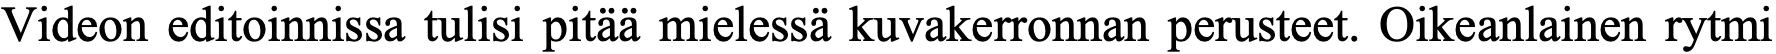
Videon editoinnissa tulisi pitää mielessä kuvakerronnan perusteet. Oikeanlainen rytmi